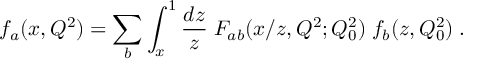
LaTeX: f _ { a } ( x , Q ^ { 2 } ) = \sum _ { b } \int _ { x } ^ { 1 } \frac { d z } { z } \; F _ { a b } ( x / z , Q ^ { 2 } ; Q _ { 0 } ^ { 2 } ) \; f _ { b } ( z , Q _ { 0 } ^ { 2 } ) \; .